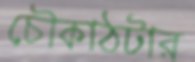
চৌকাঠটার